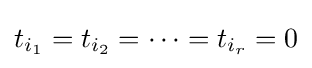
t_{i_{1}}=t_{i_{2}}=\cdots =t_{i_{r}}=0